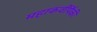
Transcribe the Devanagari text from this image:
महाकवींपैकी